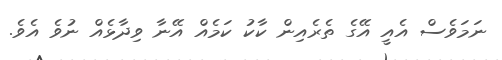
ނަމަވެސް އެއީ އޭގެ ތެރެއިން ކާކު ކަމެއް އޭނާ ވިދާޅެއް ނުވެ އެވެ.